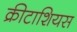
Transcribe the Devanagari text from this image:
क्रीटाशियस